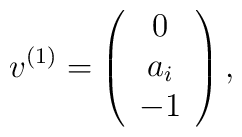
v^{(1)}=\left(\begin{array}{ccc}0 \\a_i \\-1\end{array}\right),